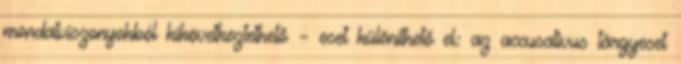
mondatviszonyokból kikövetkeztethető – eset különíthető el: az accusativus tárgyeset